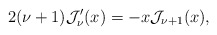
\begin{align*}2(\nu+1)\mathcal{J}_{\nu}'(x)=-x\mathcal{J}_{\nu+1}(x),\end{align*}